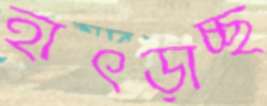
হাৎড়াচ্ছ